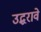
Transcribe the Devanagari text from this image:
उद्धरावे